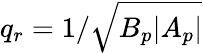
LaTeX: q_{r}=1/\sqrt{B_{p}|A_{p}|}